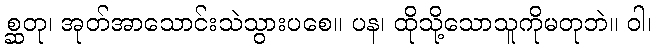
စ္ဆတု၊ အုတ်အာသောင်းသဲသွားပစေ။ ပန၊ ထိုသို့သောသူကိုမတုဘဲ။ ဝါ၊